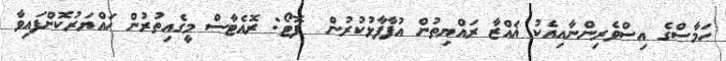
ހަމާސްގެ އިސްވެރިންނާއިއެކު ޣައްޒާ ރައްޔިތުން އުފާފާޅުކުރުން  ފޮޓޯ: ރޮއެޓާސް މީގެއިތުރުން ހައްޔަރުކޮށްފައިވާ